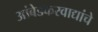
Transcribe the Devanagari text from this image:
आंबेडकरवाद्यांचे